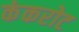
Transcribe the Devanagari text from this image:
कंकरोट